Vana-Kasaritsa_(Kasaritsa)_vallavalitsus, lk 17
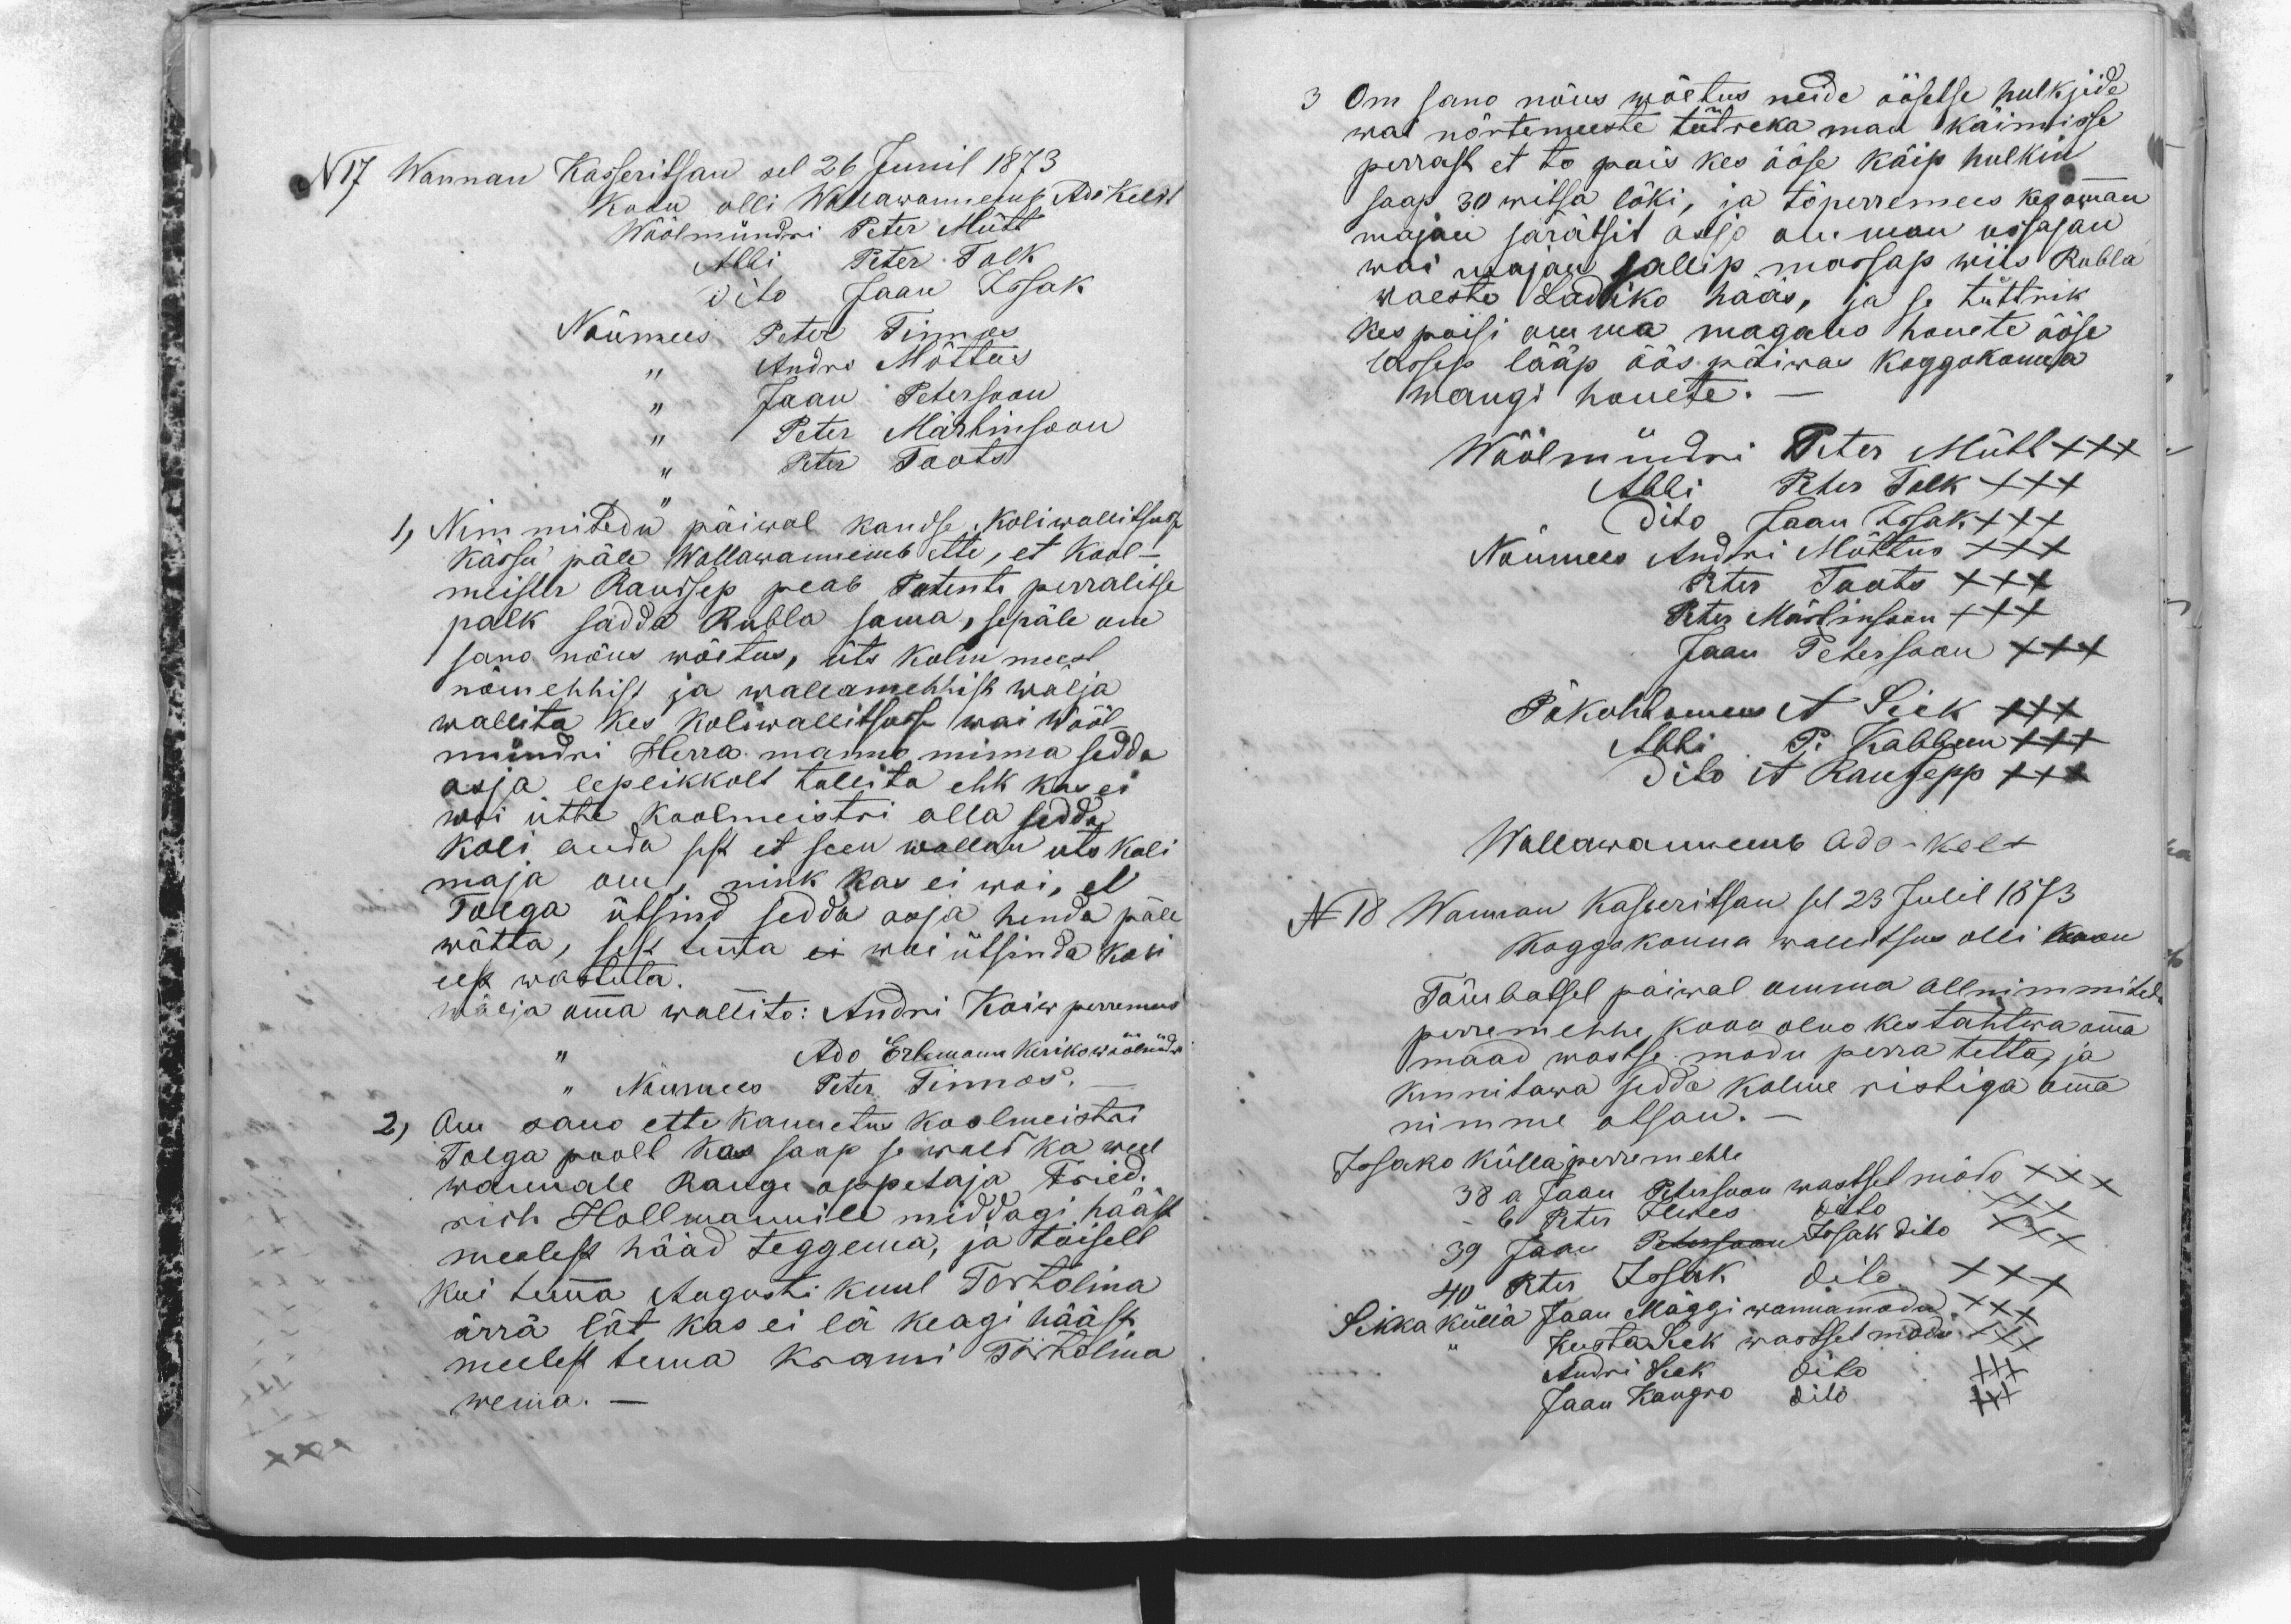
N17 Wannan Kasseritsan sel 26 Junil 1873
Koon olli Wallawannemb Ado Keldt
Wöölmündri Peter Mütt
Abbi Peter Tolk
dito Jaan Issak
Nõumees Peter Tinnos
,, Andri Mõttus
,, Jaan Petersoon
,, Peter Märtinsoon
,, Peter Toots
1, Nimmitedu päiwal kandse Koliwallitsusse
kässu päle Wallawannemb ette, et Kool-
meister Raudsep peab Patenti perralitse
palk sadda Rubla sama, sepäle om
sano nõus wõetus, üts kolm meest
nõmehhist ja wallamehhist wälja
wallita kes koliwallitsusse wai Wööl-
mündri Herra manno minna sedda
asja leplikkolt tallita ehk kas ei
woi ütte Koolmeistri alla sedda
koli anda sest et seen wallan üts koli
maja om, nink kas ei woi, et
Tolga ütsind sedda asja henda päle
wõtta, sest temma ei woi ütsinda koli
eest wastuta.
Wälja omma wallito: Andri Koiw perremees
,, Ado Erlemann kerikowöölmündri
,, Nõumees Peter Tinnos. -
2, Om sano ette kannetus koolmeistri
Tolga poolt kas saap se wald ka weel
wannale Rauge oppetaja Fried-
rich Hollmannile middagi hääst
mealest hääd teggema, ja tõiselt
kui temma Augusti kuul Tartolina
ärra lät, kas ei lä keagi hääst
meelest tema krami Tartolina
wema.-

Om sano nõus wõetus neide öösetse hulkjide
wai nõrtemeeste tütreka man käimisse
perrast et to pois kes ööse käip hulkin
saap 30 witsa löki, ja tö perremees kes omman
majan särätsit asjo om man ossasan
wai majan sallip massap wiis Rubla
waeste Ladiko hääs, ja se tüttrik
kes poisi omma magaus honete ööse
lassep lääp öös päiwas Koggokonna
wangi honete. -
Wöölmündri Peter Mütt XXX
Abbi Peter Tolk XXX
dito Jaan Isssak XXX
Nõumees Andri Mõttus XXX
Peter Toots XXX
Peter Märtinsoon XXX
Jaan Petersoon XXX
Päkohtomees A Sick XXX
Abbi P. Kabbun XXX
dito A Raudsepp XXX
Wallawannemb Ado-Kelt
N 18 Wannan Kasseritsan sel 23 Julil 1873
Koggokonna wallitsus olli koon
Tämbatsel päiwal omma allnimmitedu
perremehhe, koon olno kes tahtwa omma
maad wastse modu perra tetta ja
kinnitawa sedda kolme ristiga omma
nimme otsan.-
Issako külla perremehhe
38 a Jaan Petersoon wastset mõdo XXX
- b Peter Ilwes dito XXX
39 Jaan Petersoon Issak dito XXX
40 Peter Issak dito XXX
Sikka küllä Jaan Mäggi wannamodu XXX
,, Kusta Sick wastsetmodu XXX
Andri Sick dito XXX
Jaan Kangro dito XXX